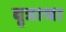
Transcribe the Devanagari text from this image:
वृत्राचा